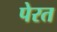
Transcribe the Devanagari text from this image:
पेरत